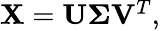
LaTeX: \begin{array}{r}{\mathbf{X}=\mathbf{U}\mathbf{\Sigma}\mathbf{V}^{T},}\end{array}